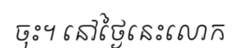
ចុះ។ នៅថ្ងៃនេះលោក